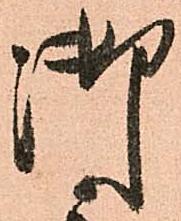
御